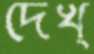
দেখ্‌